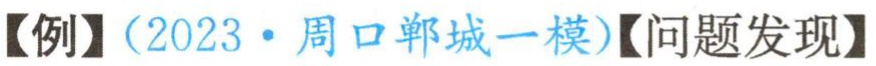
【例】（2023·周口郸城一模）【问题发现】